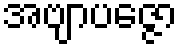
အဗျာပဇ္ဇော